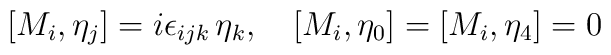
[M_i, \eta_j] = i\epsilon_{ijk}\, \eta_k, \quad [M_i, \eta_0]=[M_i, \eta_4] =0